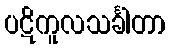
ပဋိကူလသင်္ခါတာ